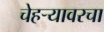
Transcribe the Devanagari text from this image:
चेहऱ्यावरचा